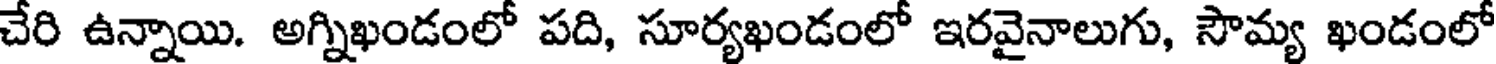
చేరి ఉన్నాయి. అగ్నిఖండంలో పది, సూర్యఖండంలో ఇరవైనాలుగు, సౌమ్య ఖండంలో